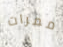
ممرات